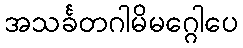
အသင်္ခတဂါမိမဂ္ဂေါပေ